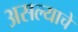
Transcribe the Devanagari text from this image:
असल्याचें